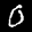
Digit: 0